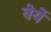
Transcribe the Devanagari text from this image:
वेर्ये